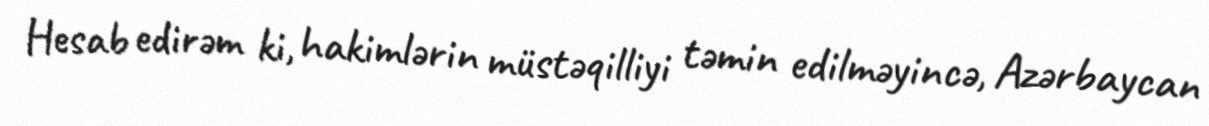
Hesab edirəm ki, hakimlərin müstəqilliyi təmin edilməyincə, Azərbaycan